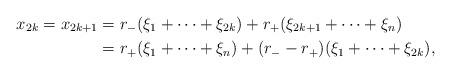
LaTeX: \begin{align*}x_{2k} = x_{2k+1}& = r_-(\xi_1 + \cdots + \xi_{2k}) + r_+(\xi_{2k+1} + \cdots + \xi_{n})\\ & = r_+(\xi_1 + \cdots + \xi_{n}) + (r_- - r_+) (\xi_1 + \cdots + \xi_{2k}),\end{align*}